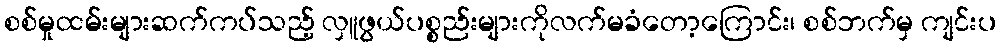
စစ်မှုထမ်းများဆက်ကပ်သည့် လှူဖွယ်ပစ္စည်းများကိုလက်မခံတော့ကြောင်း၊ စစ်ဘက်မှ ကျင်းပ